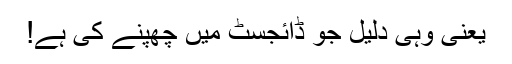
یعنی وہی دلیل جو ڈائجسٹ میں چھپنے کی ہے!